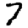
Digit: 7